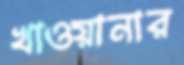
খাওয়ানার